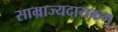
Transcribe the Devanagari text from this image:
साम्राज्यदायकम्